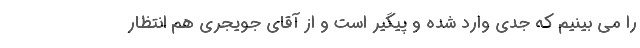
را می بینیم که جدی وارد شده و پیگیر است و از آقای جویجری هم انتظار